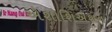
એશોશિએશન